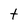
Character: t